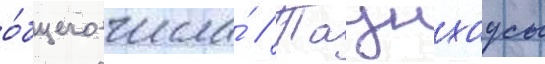
о́бщего числа́ // Таунхаусы